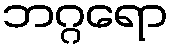
ဘဂ္ဂရော